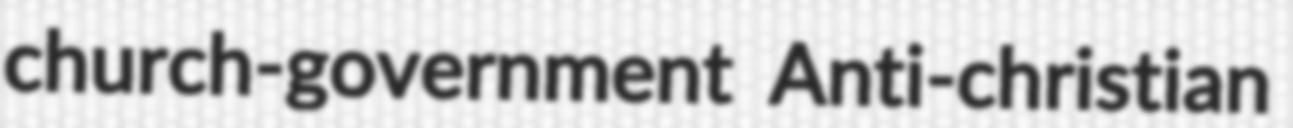
church-government Anti-christian